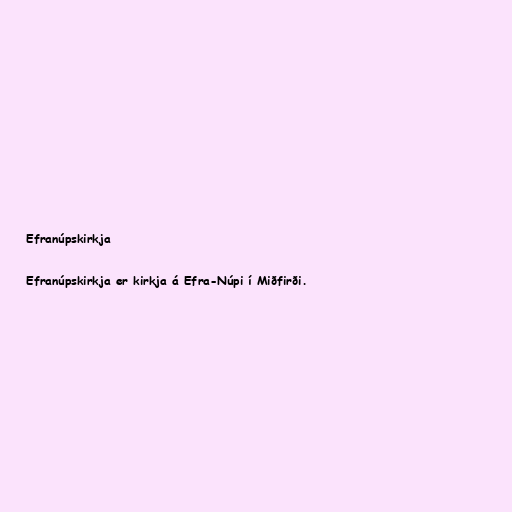
Efranúpskirkja

Efranúpskirkja er kirkja á Efra-Núpi í Miðfirði.